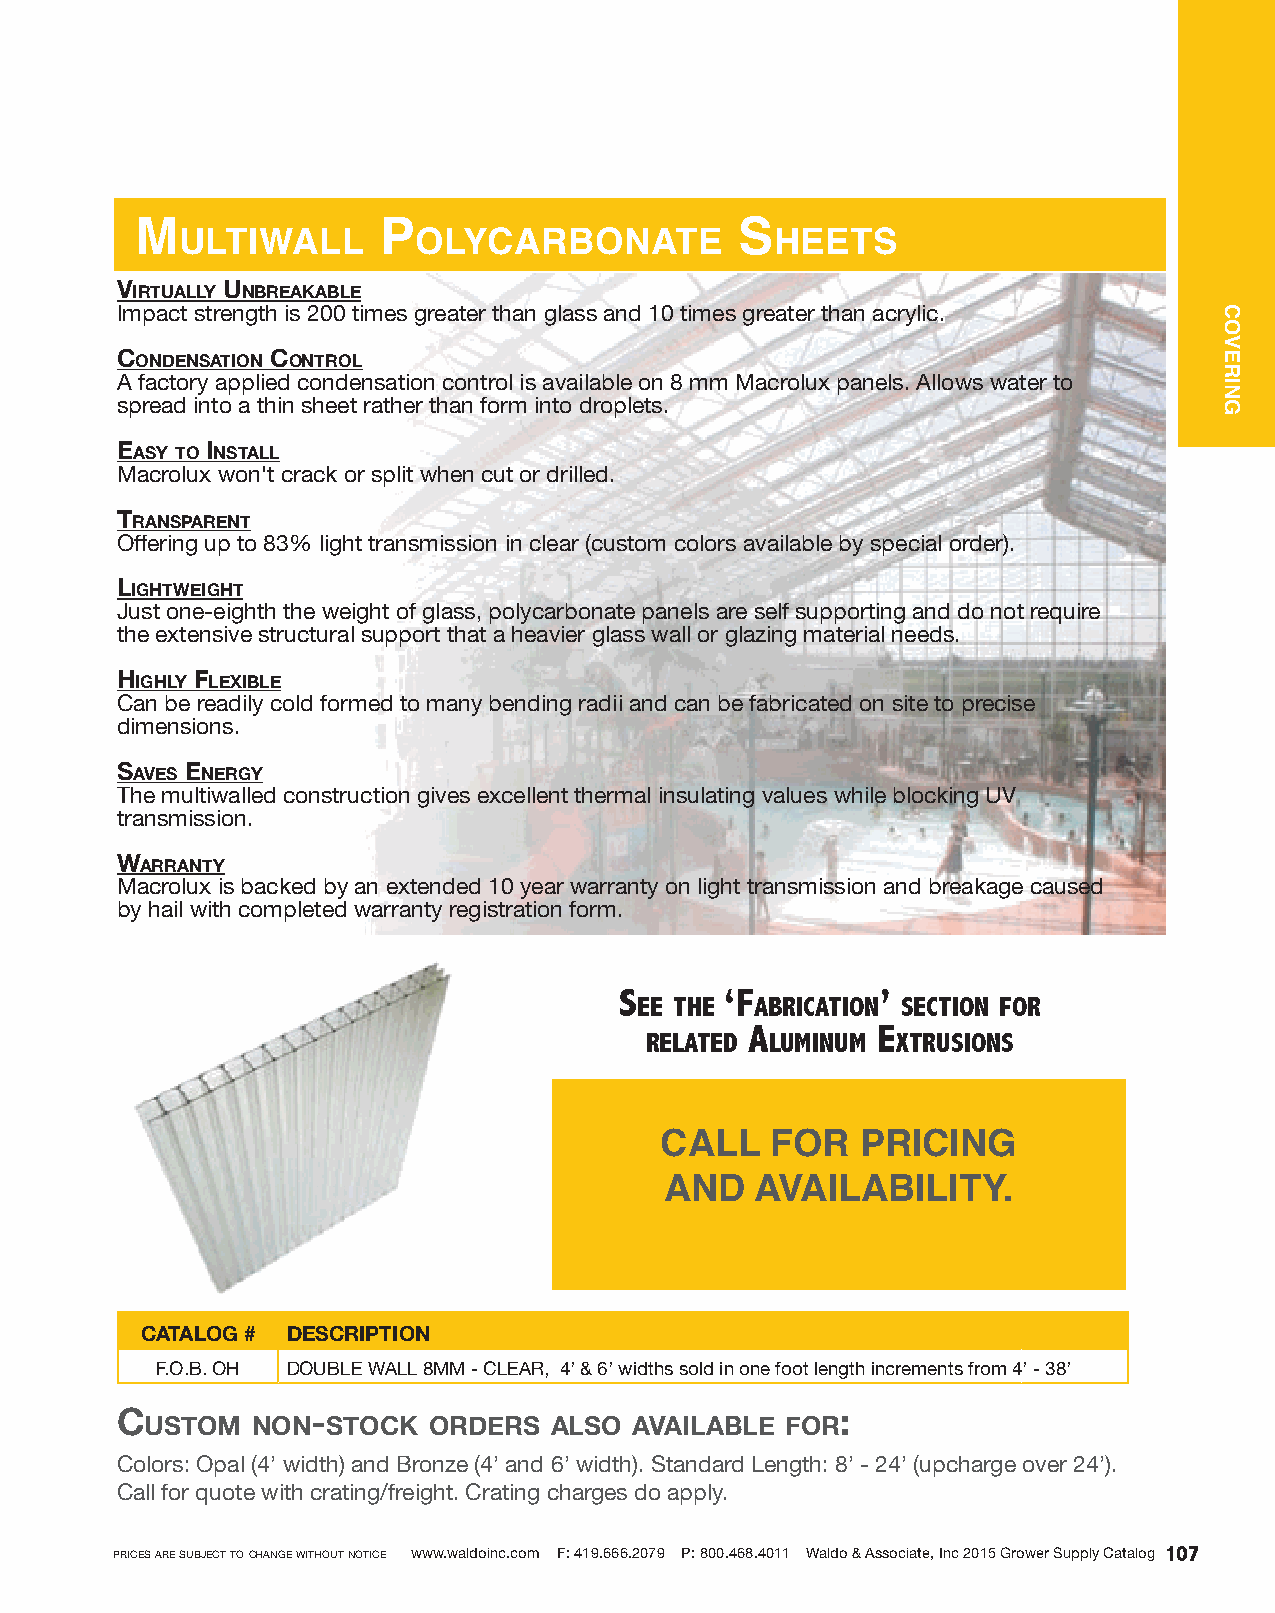
M               P                       S
 ultiwall       olycarbonate            heetS
 Virtually unbreakable
 Impact strength is 200 times greater than glass and 10 times greater than acrylic..
 Condensation Control
 A factory applied condensation control is available on 8 mm Macrolux panels. Allows water to
 spread into a thin sheet rather than form into droplets.
 easy to install
 Macrolux won't crack or split when cut or drilled.
 transparent
 Offering up to 83% light transmission in clear (custom colors available by special order).
 lightweight
 Just one-eighth the weight of glass, polycarbonate panels are self supporting and do not require
 the extensive structural support that a heavier glass wall or glazing material needs.
 highly Flexible
 Can be readily cold formed to many bending radii and can be fabricated on site to precise
 dimensions.
 saVes energy
 The multiwalled construction gives excellent thermal insulating values while blocking UV
 transmission.
 warranty
 Macrolux is backed by an extended 10 year warranty on light transmission and breakage caused
 by hail with completed warranty registration form.
 S      ‘F        ’
 ee the  abrication Section For
 a       e
 related luminum xtruSionS
 CALL   FOR   PRICING
 AND   AVAILABILITY.
 CATALOG # DESCRIPTION
 F.O.B. OH DOUBLE WALL 8MM - CLEAR, 4’ & 6’ widths sold in one foot length increments from 4’ - 38’
 Custom   non-stoCk  orders  also  aVailable For:
 Colors: Opal (4’ width) and Bronze (4’ and 6’ width). Standard Length: 8’ - 24’ (upcharge over 24’).
 Call for quote with crating/freight. Crating charges do apply.
 prices are subject to change without notice www.waldoinc.com F: 419.666.2079 P: 800.468.4011 Waldo & Associate, Inc 2015 Grower Supply Catalog
 107
 COVERING